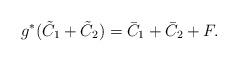
LaTeX: \begin{align*}g^{\ast}(\tilde{C}_1+\tilde{C}_2)=\bar{C}_1+\bar{C}_2+F.\end{align*}